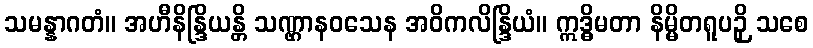
သမန္နာဂတံ။ အဟီနိန္ဒြိယန္တိ သဏ္ဌာနဝသေန အဝိကလိန္ဒြိယံ။ ဣဒ္ဓိမတာ နိမ္မိတရူပဉှိ သစေ